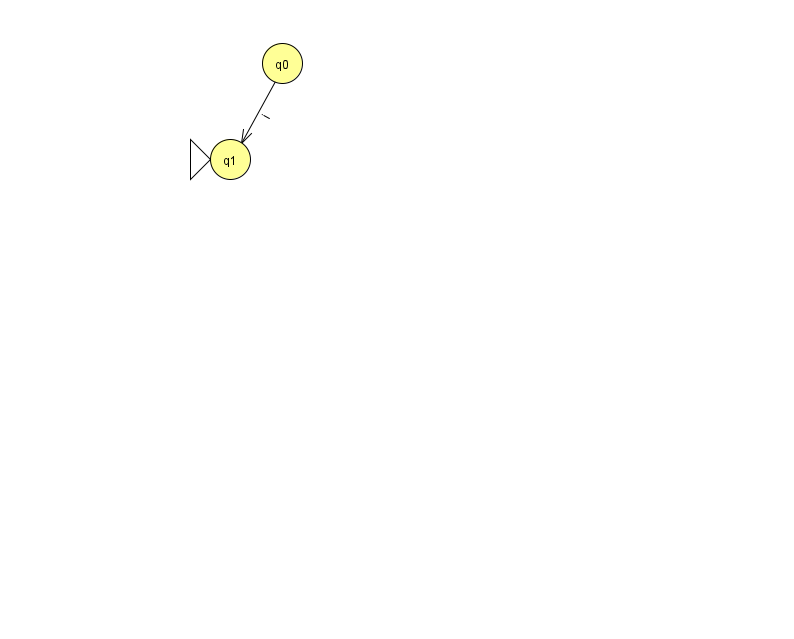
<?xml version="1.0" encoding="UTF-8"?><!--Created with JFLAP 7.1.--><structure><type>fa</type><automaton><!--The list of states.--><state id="0" name="q0"><x>282.0</x><y>50.0</y></state><state id="1" name="q1"><x>230.0</x><y>146.0</y><initial/></state><!--The list of transitions.--><transition><from>0</from><to>1</to><read>i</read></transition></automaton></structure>